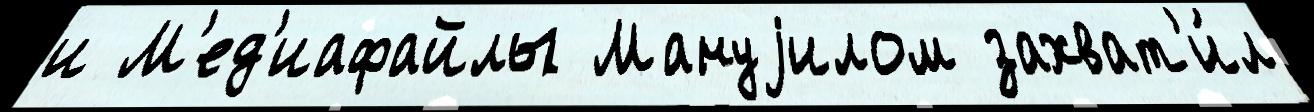
и М'ед'иафайлы Мануjилом захват'и́л